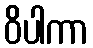
ဝိပါကာ